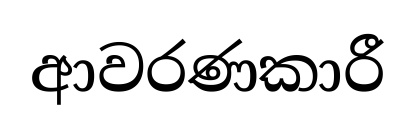
ආවරණකාරී